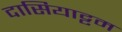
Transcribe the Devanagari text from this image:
दासियाट्टम